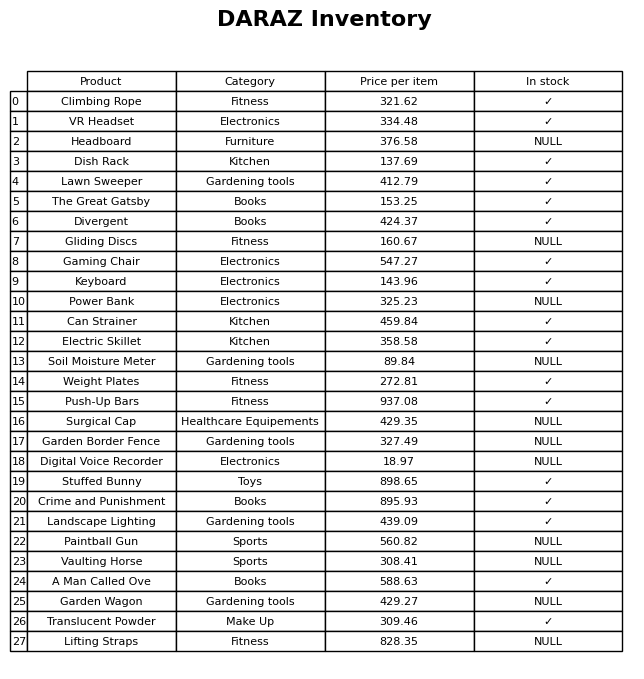
question: Which products are available in stock?
answer: Climbing Rope, VR Headset, Dish Rack, Lawn Sweeper, The Great Gatsby, Divergent, Gaming Chair, Keyboard, Can Strainer, Electric Skillet, Weight Plates, Push-Up Bars, Stuffed Bunny, Crime and Punishment, Landscape Lighting, A Man Called Ove, Translucent Powder